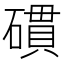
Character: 𥖏